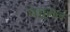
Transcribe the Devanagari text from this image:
पच्चुमल